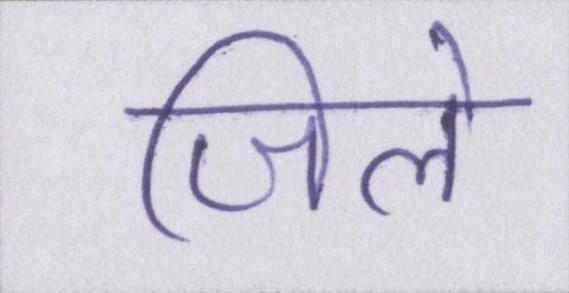
जिले